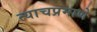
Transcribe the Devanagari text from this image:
त्‍याचप्रमाणे